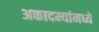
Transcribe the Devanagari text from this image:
अकादम्यांमध्ये